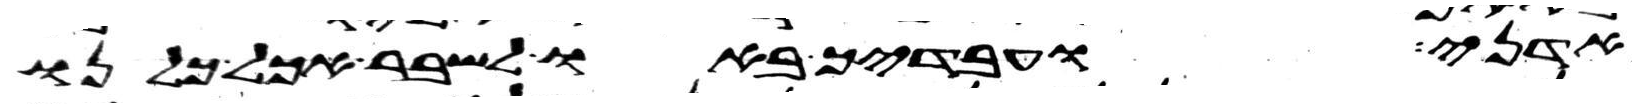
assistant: אדני ועבדיך באו לשבר אכל כלנו